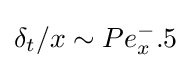
\delta _{t}/x\sim Pe_{x}^{-}.5